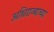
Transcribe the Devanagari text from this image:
अधिराज्याच्या